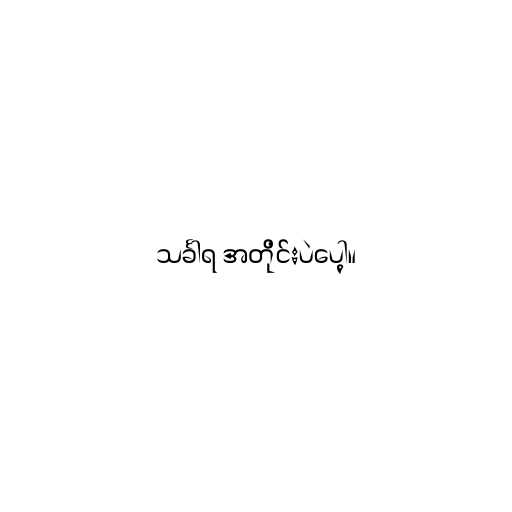
သင်္ခါရ အတိုင်းပဲပေါ့။